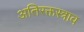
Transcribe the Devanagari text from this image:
अतिरक्तस्त्राव